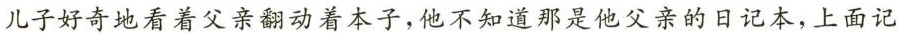
儿子好奇地看着父亲翻动着本子，他不知道那是他父亲的日记本，上面记